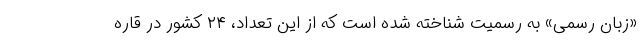
«زبان رسمی» به رسمیت شناخته شده است که از این تعداد، ۲۴ کشور در قاره